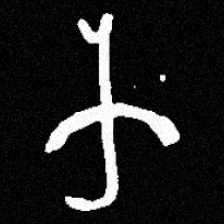
Pyu character \u2014 Myanmar letter: က (romanized: ka)